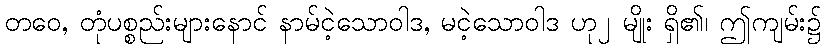
တဝေ, တုံပစ္စည်းများနောင် နာမ်ငဲ့သောဝါဒ, မငဲ့သောဝါဒ ဟု၂ မျိုး ရှိ၏၊ ဤကျမ်း၌